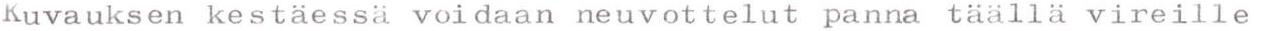
Kuvauksen kestäessä voidaan neuvottelut panna täällä vireille